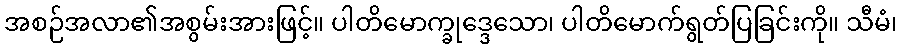
အစဉ်အလာ၏အစွမ်းအားဖြင့်။ ပါတိမောက္ခုဒ္ဒေသော၊ ပါတိမောက်ရွတ်ပြခြင်းကို။ သီမံ၊